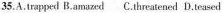
35.A.trapped B.amazed C.threatened D.teased